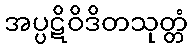
အပ္ပဋိဝိဒိတသုတ္တံ